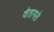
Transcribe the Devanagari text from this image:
वैतागले